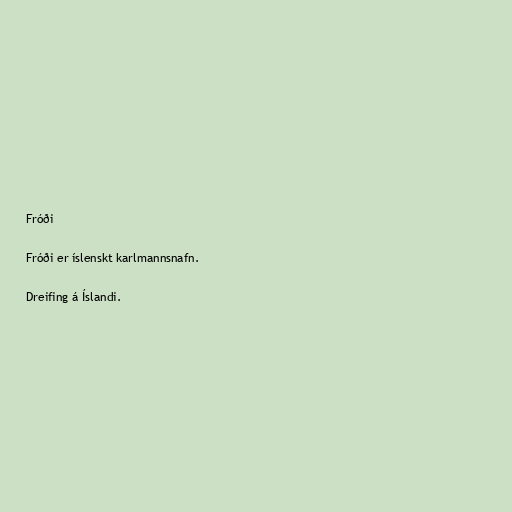
Fróði

Fróði er íslenskt karlmannsnafn.

Dreifing á Íslandi.